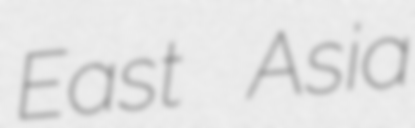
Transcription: East Asia